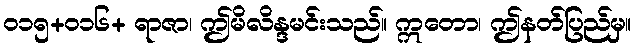
၀၁၅+၀၁၆+ ရာဇာ၊ ဤမိလိန္ဒမင်းသည်။ ဣတော၊ ဤနတ်ပြည်မှ။